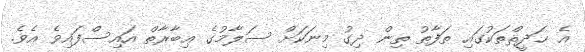
އެ ޙަދީޘްތަކުގައި ތަފާތު ތިން ދިގު މިނަކަށް ސަލާމުގެ ޢިބާރާތް އައިސްފައިވެ އެވެ.